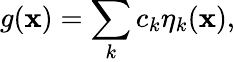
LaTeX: g(\mathbf{x})=\sum_{k}c_{k}\eta_{k}(\mathbf{x}),